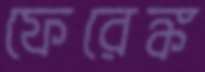
ফেরেঙ্ক